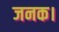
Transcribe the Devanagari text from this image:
जनक।